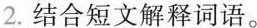
2.结合短文解释词语。